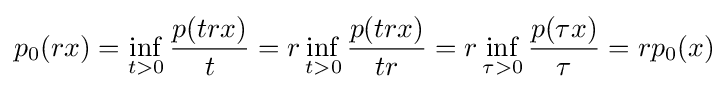
p_{0}(rx)=\inf _{t>0}{\frac {p(trx)}{t}}=r\inf _{t>0}{\frac {p(trx)}{tr}}=r\inf _{\tau >0}{\frac {p(\tau x)}{\tau }}=rp_{0}(x)